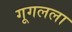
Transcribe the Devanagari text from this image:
गूगलला